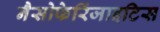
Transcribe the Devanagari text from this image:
नैसोफेरिंजाइटिस